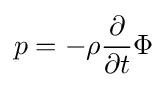
p=-\rho {\partial  \over \partial t}\Phi